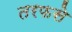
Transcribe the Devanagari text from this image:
तरफसे